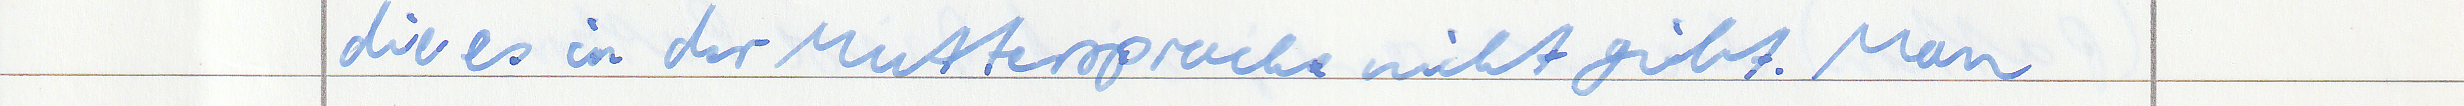
die es in der Muttersprache nicht gibt. Man